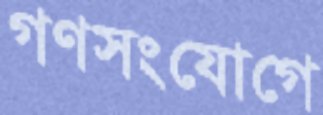
গণসংযোগে